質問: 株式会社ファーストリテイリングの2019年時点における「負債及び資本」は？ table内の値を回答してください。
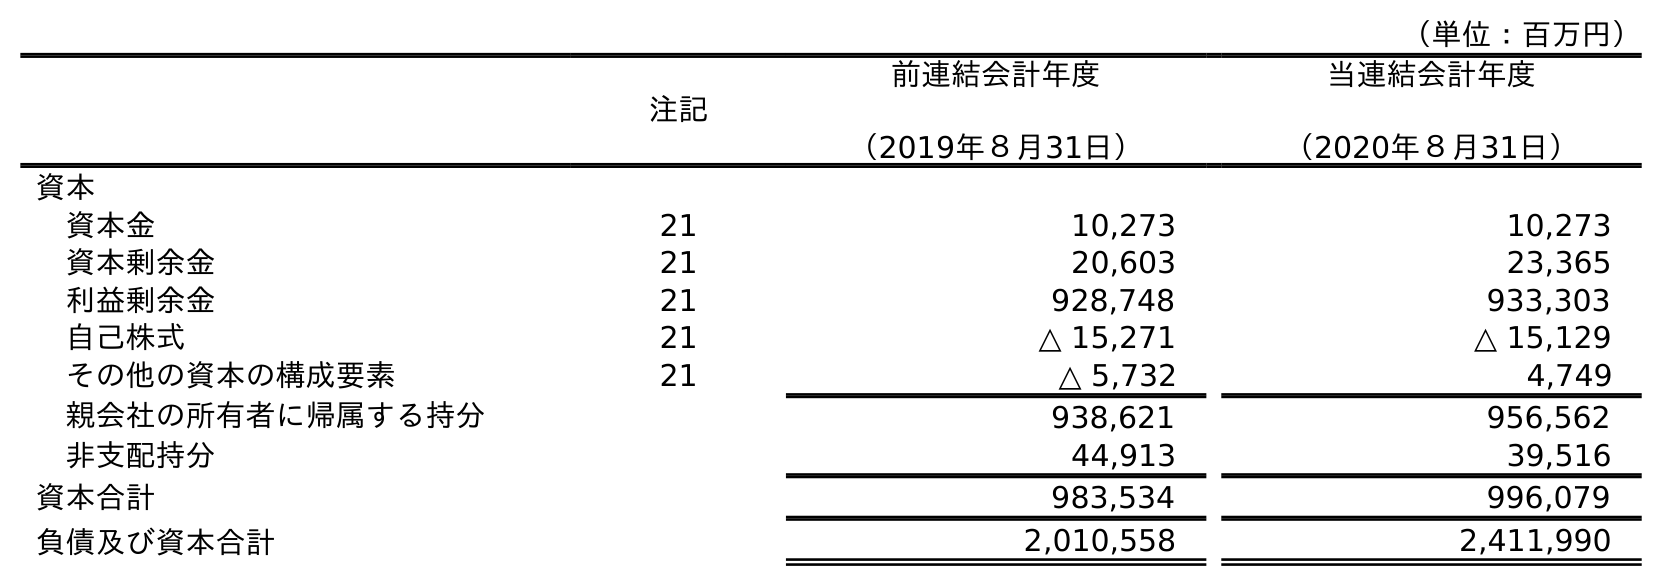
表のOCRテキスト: （単位：百万円） 注記 前連結会計年度 （2019年８月31日） 当連結会計年度 （2020年８月31日） 資本 資本金 21 10,273 10,273 資本剰余金 21 20,603 23,365 利益剰余金 21 928,748 933,303 自己株式 21 △ 15,271 △ 15,129 その他の資本の構成要素 21 △ 5,732 4,749 親会社の所有者に帰属する持分 938,621 956,562 非支配持分 44,913 39,516 資本合計 983,534 996,079 負債及び資本合計 2,010,558 2,411,990
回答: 2,010,558